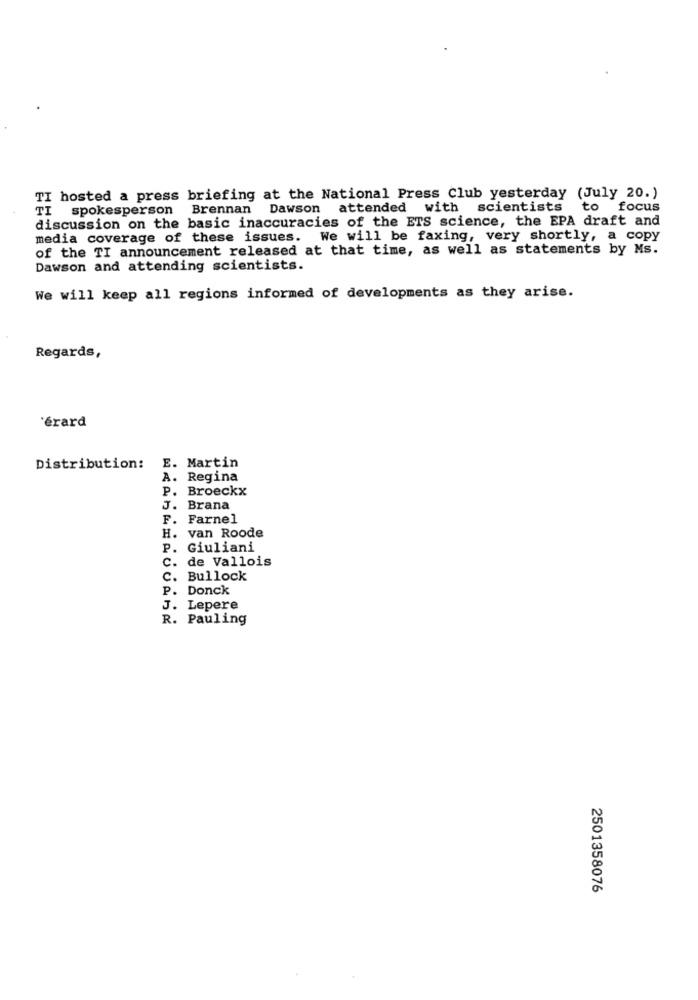
TI hosted a press briefing at the National Press Club yesterday (July 20.)
TI spokesperson Brennan Dawson attended with scientists
to focus
discussion on the basic inaccuracies of the ETS science, the EPA draft and
media coverage of these issues. We will be faxing, very shortly, a copy
of the TI announcement released at that time, as well as statements by Ms.
Dawson and attending scientists.
We will keep all regions informed of developments as they arise.
Regards,
érard
Distribution: E. Martin
A. Regina
P. Broeckx
J. Brana
F. Farnel
H. van Roode
. Giuliani
C.
de Vallois
C.
Bullock
P. Donck
J. Lepere
R. Pauling
2501358076